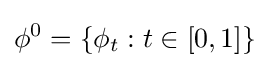
\phi ^{0}=\{\phi _{t}:t\in [0,1]\}